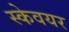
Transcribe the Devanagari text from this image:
स्केवयर